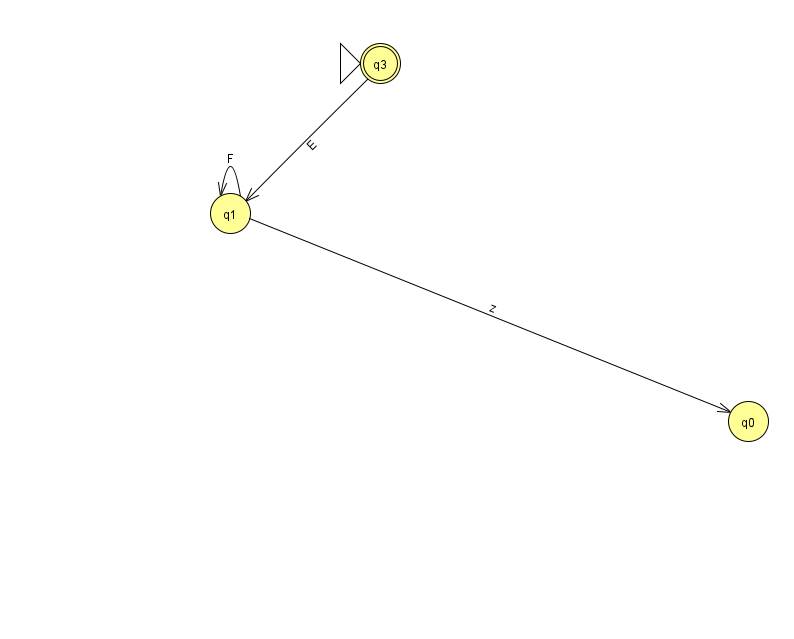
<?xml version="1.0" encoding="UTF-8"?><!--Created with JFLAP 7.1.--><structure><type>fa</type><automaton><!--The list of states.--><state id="0" name="q0"><x>748.0</x><y>408.0</y></state><state id="1" name="q1"><x>230.0</x><y>200.0</y></state><state id="3" name="q3"><x>380.0</x><y>50.0</y><initial/><final/></state><!--The list of transitions.--><transition><from>1</from><to>0</to><read>z</read></transition><transition><from>1</from><to>1</to><read>F</read></transition><transition><from>3</from><to>1</to><read>E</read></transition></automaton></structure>